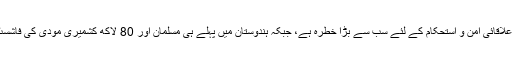
عمران خان نے مزید کہا کہ مودی کا رویہ علاقائی امن و استحکام کے لئے سب سے بڑا خطرہ ہے، جبکہ ہندوستان میں پہلے ہی مسلمان اور 80 لاکھ کشمیری مودی کی فاشسٹ پالیسیوں کی وجہ سے مظالم کا شکار ہیں۔